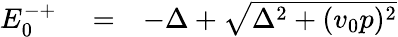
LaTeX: \begin{array}{rlr}{E_{0}^{-+}}&{{}=}&{-\Delta+\sqrt{\Delta^{2}+(v_{0}p)^{2}}}\end{array}